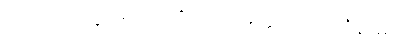
အထ၊ ထိုသို့ငြိမ်းသည်ရှိသော်။ မုတ္တဟရိတကံနာမ၊